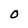
Character: O